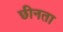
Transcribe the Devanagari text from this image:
छीनता